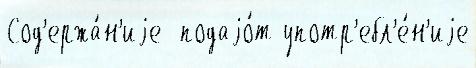
Сод'ержа́н'иjе  подаjо́т употр'ебл'е́н'иjе